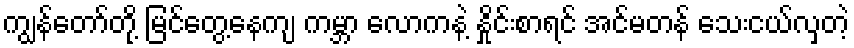
ကျွန်တော်တို့ မြင်တွေ့နေကျ ကမ္ဘာ လောကနဲ့ နှိုင်းစာရင် အင်မတန် သေးငယ်လှတဲ့